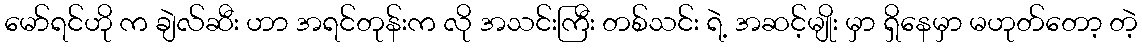
မော်ရင်ဟို က ချဲလ်ဆီး ဟာ အရင်တုန်းက လို အသင်းကြီး တစ်သင်း ရဲ့ အဆင့်မျိုး မှာ ရှိနေမှာ မဟုတ်တော့ တဲ့